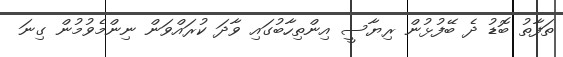
ތަފާތު ބޮޑު ދެ ބޭފުޅުން ރިޔާސީ އިންތިހާބުގައި ވާދަ ކުރައްވަން ނިންމެވުމުން ގިނަ